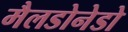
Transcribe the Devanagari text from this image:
मैलडोनेडो